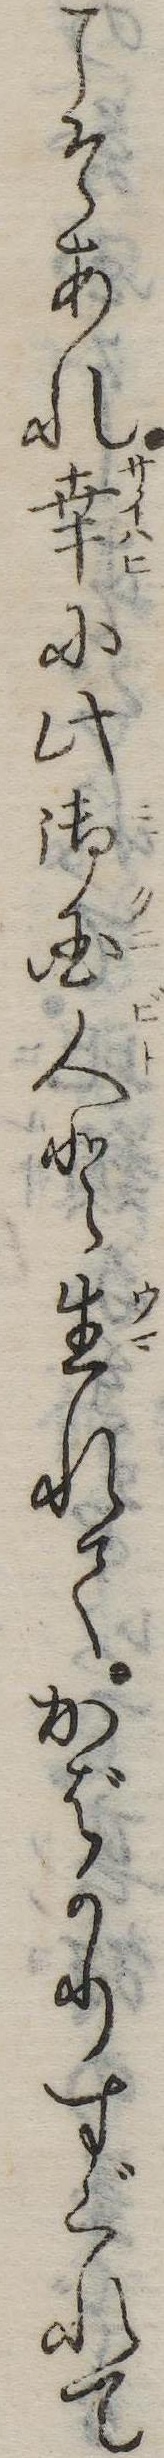
こそあれ幸に此御国人と生れてかばかりすぐれて